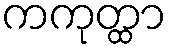
ကကုတ္ထာ